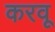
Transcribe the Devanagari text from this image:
करवू